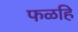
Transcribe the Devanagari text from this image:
फळहि